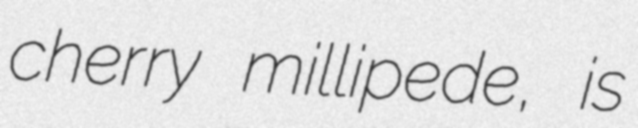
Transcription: cherry millipede, is